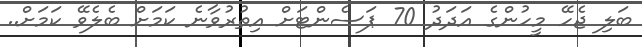
ބަލި ޖެހޭ މީހުންގެ އަދަދު 70 ޕަސެންޓަށް އިތުރުވާނެ ކަމަށް ބެެލެވޭ ކަމަަށް..